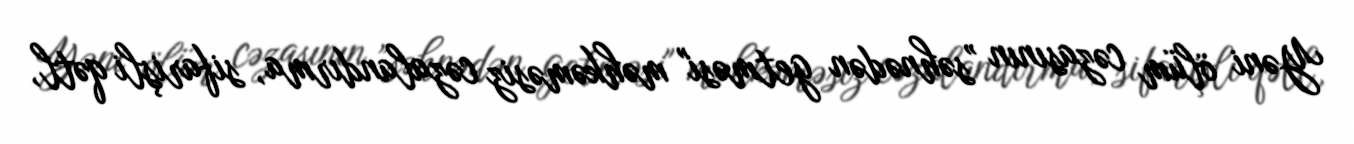
Yəni ölüm cəzasının ”səhnədən getməsi" məhkəməsiz cəzalandırma, sifarişli qətl,